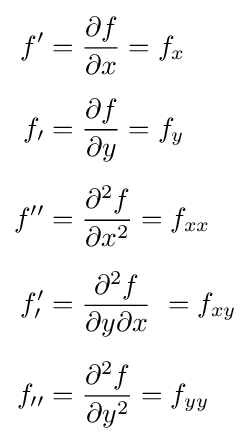
{\begin{aligned}f^{\prime }&={\frac {\partial f}{\partial x}}=f_{x}\\[5pt]f_{\prime }&={\frac {\partial f}{\partial y}}=f_{y}\\[5pt]f^{\prime \prime }&={\frac {\partial ^{2}f}{\partial x^{2}}}=f_{xx}\\[5pt]f_{\prime }^{\prime }&={\frac {\partial ^{2}f}{\partial y\partial x}}\ =f_{xy}\\[5pt]f_{\prime \prime }&={\frac {\partial ^{2}f}{\partial y^{2}}}=f_{yy}\end{aligned}}